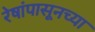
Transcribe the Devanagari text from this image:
रेषांपासूनच्या